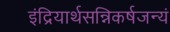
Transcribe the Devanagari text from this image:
इंद्रियार्थसन्निकर्षजन्यं